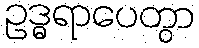
ဥဒ္ဓရာပေတွာ